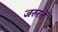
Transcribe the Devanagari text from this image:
जरुरतें